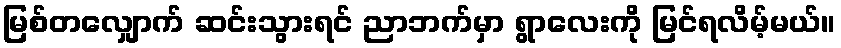
မြစ်တလျှောက် ဆင်းသွားရင် ညာဘက်မှာ ရွာလေးကို မြင်ရလိမ့်မယ်။